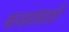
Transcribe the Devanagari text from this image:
बाजारांसाठी